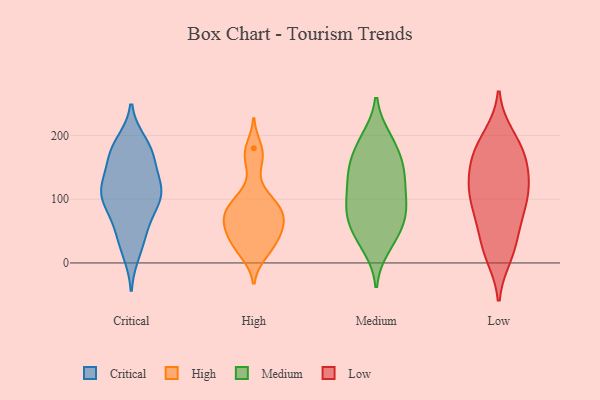
{"axis": {"x": "Headcount", "y": "Value"}, "legend": ["Critical", "High", "Low", "Medium"], "data": [{"x": "", "y": 93, "type": "Critical"}, {"x": "", "y": 127, "type": "Critical"}, {"x": "", "y": 170, "type": "Critical"}, {"x": "", "y": 173, "type": "Critical"}, {"x": "", "y": 174, "type": "Critical"}, {"x": "", "y": 103, "type": "Critical"}, {"x": "", "y": 33, "type": "Critical"}, {"x": "", "y": 111, "type": "Critical"}, {"x": "", "y": 187, "type": "Critical"}, {"x": "", "y": 116, "type": "Critical"}, {"x": "", "y": 18, "type": "Critical"}, {"x": "", "y": 126, "type": "Critical"}, {"x": "", "y": 101, "type": "Critical"}, {"x": "", "y": 66, "type": "Critical"}, {"x": "", "y": 109, "type": "Critical"}, {"x": "", "y": 52, "type": "Critical"}, {"x": "", "y": 172, "type": "Critical"}, {"x": "", "y": 97, "type": "High"}, {"x": "", "y": 70, "type": "High"}, {"x": "", "y": 17, "type": "High"}, {"x": "", "y": 39, "type": "High"}, {"x": "", "y": 34, "type": "High"}, {"x": "", "y": 68, "type": "High"}, {"x": "", "y": 91, "type": "High"}, {"x": "", "y": 71, "type": "High"}, {"x": "", "y": 31, "type": "High"}, {"x": "", "y": 108, "type": "High"}, {"x": "", "y": 91, "type": "High"}, {"x": "", "y": 74, "type": "High"}, {"x": "", "y": 52, "type": "High"}, {"x": "", "y": 167, "type": "High"}, {"x": "", "y": 49, "type": "High"}, {"x": "", "y": 164, "type": "High"}, {"x": "", "y": 73, "type": "High"}, {"x": "", "y": 15, "type": "High"}, {"x": "", "y": 180, "type": "High"}, {"x": "", "y": 25, "type": "Medium"}, {"x": "", "y": 32, "type": "Medium"}, {"x": "", "y": 52, "type": "Medium"}, {"x": "", "y": 131, "type": "Medium"}, {"x": "", "y": 148, "type": "Medium"}, {"x": "", "y": 152, "type": "Medium"}, {"x": "", "y": 91, "type": "Medium"}, {"x": "", "y": 76, "type": "Medium"}, {"x": "", "y": 155, "type": "Medium"}, {"x": "", "y": 149, "type": "Medium"}, {"x": "", "y": 111, "type": "Medium"}, {"x": "", "y": 193, "type": "Medium"}, {"x": "", "y": 54, "type": "Medium"}, {"x": "", "y": 83, "type": "Medium"}, {"x": "", "y": 68, "type": "Medium"}, {"x": "", "y": 185, "type": "Medium"}, {"x": "", "y": 91, "type": "Medium"}, {"x": "", "y": 118, "type": "Medium"}, {"x": "", "y": 196, "type": "Medium"}, {"x": "", "y": 11, "type": "Low"}, {"x": "", "y": 179, "type": "Low"}, {"x": "", "y": 69, "type": "Low"}, {"x": "", "y": 168, "type": "Low"}, {"x": "", "y": 75, "type": "Low"}, {"x": "", "y": 161, "type": "Low"}, {"x": "", "y": 91, "type": "Low"}, {"x": "", "y": 43, "type": "Low"}, {"x": "", "y": 121, "type": "Low"}, {"x": "", "y": 160, "type": "Low"}, {"x": "", "y": 124, "type": "Low"}, {"x": "", "y": 14, "type": "Low"}, {"x": "", "y": 199, "type": "Low"}, {"x": "", "y": 103, "type": "Low"}, {"x": "", "y": 194, "type": "Low"}, {"x": "", "y": 99, "type": "Low"}, {"x": "", "y": 28, "type": "Low"}, {"x": "", "y": 121, "type": "Low"}, {"x": "", "y": 143, "type": "Low"}]}